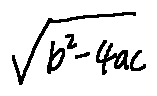
\sqrt { b ^ { 2 } - 4 a c }